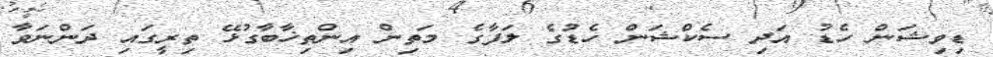
ޑިވިޝަން ހެޑު އަދި ސެކްޝަން ހެޑުގެ ލަފާގެ މަތިން އިންތިޚާބާގުޅޭ ތިރީގައި ދަންނަވާ